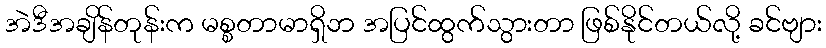
အဲဒီအချိန်တုန်းက မစ္စတာမာရှိဘ အပြင်ထွက်သွားတာ ဖြစ်နိုင်တယ်လို့ ခင်ဗျား